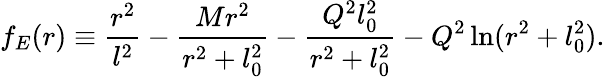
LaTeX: f_{E}(r)\equiv\frac{r^{2}}{l^{2}}-\frac{Mr^{2}}{r^{2}+l_{0}^{2}}-\frac{Q^{2}l_{0}^{2}}{r^{2}+l_{0}^{2}}-Q^{2}\ln(r^{2}+l_{0}^{2}).